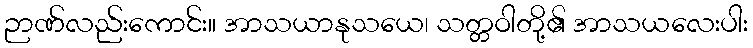
ဉာဏ်လည်းကောင်း။ အာသယာနုသယေ၊ သတ္တဝါတို့၏ အာသယလေးပါး